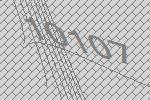
10107